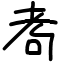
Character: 耇